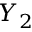
Y _ { 2 }